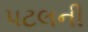
પટલની